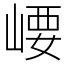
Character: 崾